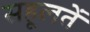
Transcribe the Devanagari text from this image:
सहूलतें